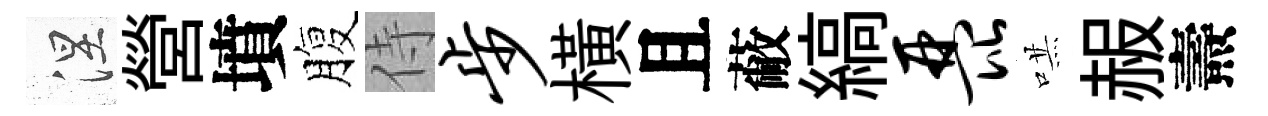
涅營墳腹侍步橫且蔽縞琵哄赧燾